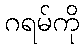
ဂရမ်ကို